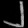
Digit: ၂